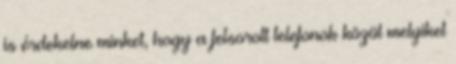
is érdekelne minket, hogy a felsorolt telefonok közül melyiket